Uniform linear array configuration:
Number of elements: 64
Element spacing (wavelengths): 1
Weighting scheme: hann
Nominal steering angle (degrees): -30
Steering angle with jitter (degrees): -30.459
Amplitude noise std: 0.05
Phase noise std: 0.05

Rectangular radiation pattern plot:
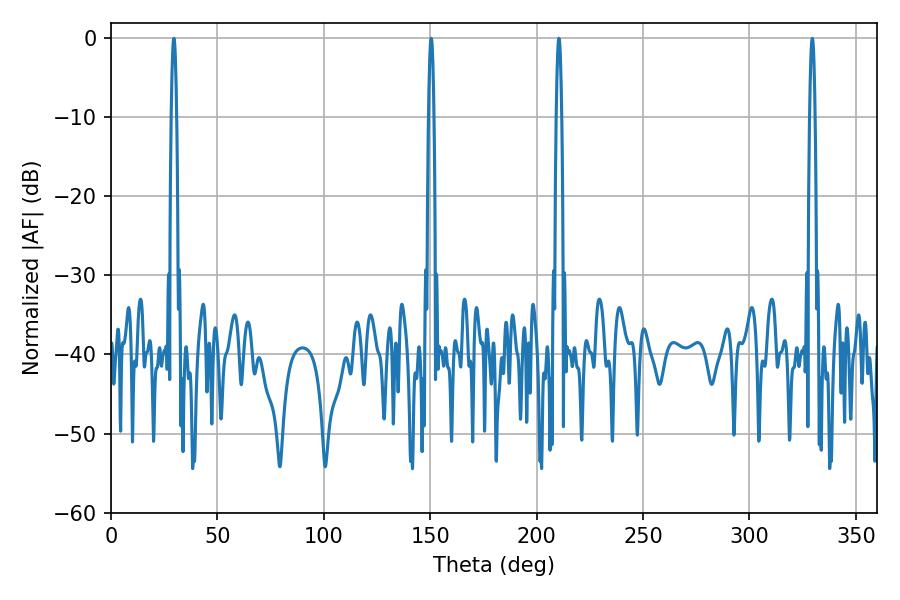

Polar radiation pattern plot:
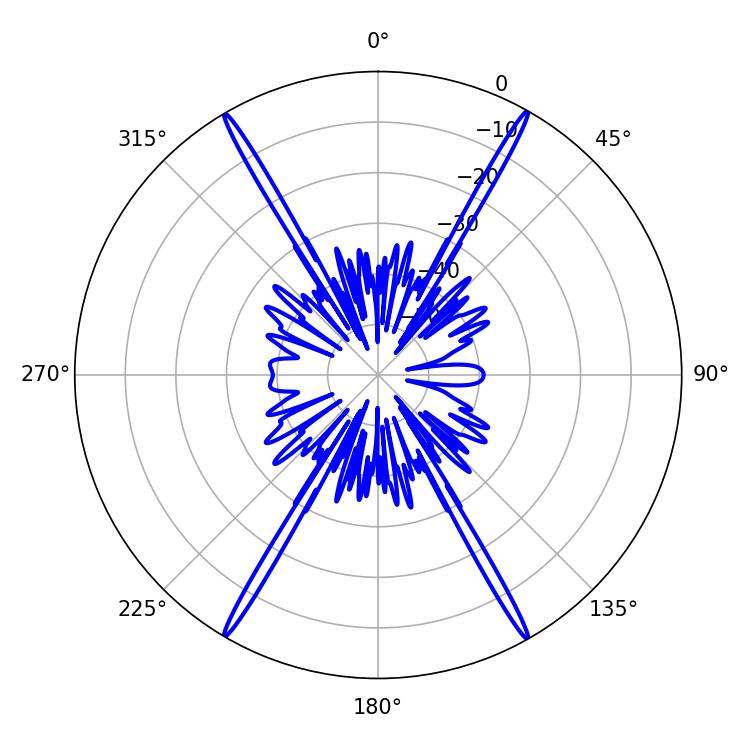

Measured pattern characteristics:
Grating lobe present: TRUE
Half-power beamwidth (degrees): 1.44
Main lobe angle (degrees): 150.48